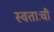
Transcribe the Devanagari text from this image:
स्वताःची